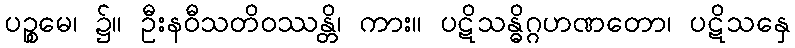
ပဉ္စမေ၊ ၌။ ဦးနဝီသတိဝဿန္တိ၊ ကား။ ပဋိသန္ဓိဂ္ဂဟဏတော၊ ပဋိသနှေ